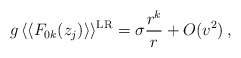
\begin{align*}g \, \langle\langle F_{0k}(z_j) \rangle\rangle^{{\rm LR}} = \sigma\frac{r^k}{r}+ O(v^2) \> ,\end{align*}